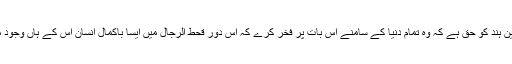
سرزمینِ ہند کو حق ہے کہ وہ تمام دنیا کے سامنے اس بات پر فخر کرے کہ اس دورِ قحط الرجال میں ایسا باکمال انسان اس کے ہاں وجود میں آیا۔